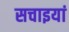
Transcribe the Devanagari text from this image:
सचाइयां